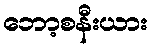
ဘော့စနီးယား